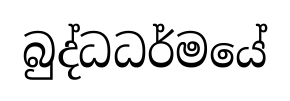
බුද්ධධර්මයේ